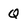
Character: Q